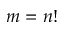
m = n !